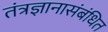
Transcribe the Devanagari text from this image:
तंत्रज्ञानासंबंधित